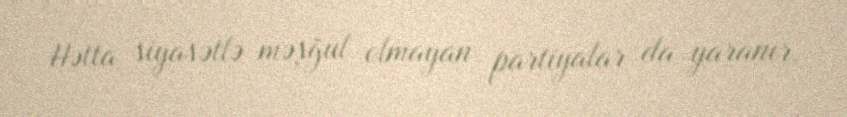
Hətta siyasətlə məşğul olmayan partiyalar da yaranır.